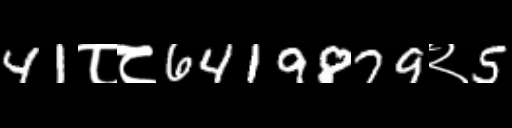
Text: 41८८6419879२5